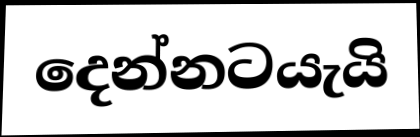
දෙන්නටයැයි